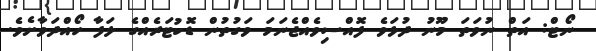
ނޯޓް: އަތް ނުވަތަ މޫނު ދުޅަވެ ފޮއްސިވެއްޖެނަމަ ވަގުތުން ޑޮކުޓަރެއްގެ ލަފާ ހޯއްދަވާށެވެ.